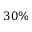
3 0 \%